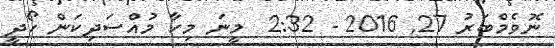
ނޮވެމްބަރު 27